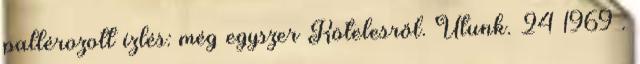
pallérozott ízlés: még egyszer Kötelesről. Utunk. 24 1969 .